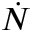
\dot { N }